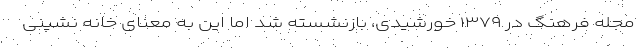
مجله فرهنگ در ۱۳۷۹ خورشیدی، بازنشسته شد اما این به معنای خانه نشینی